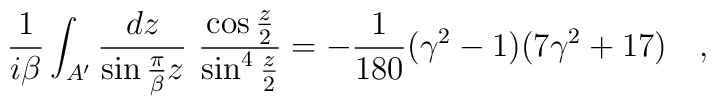
{1 \over i\beta} \int_{A'}{dz \over \sin {\pi \over \beta} z}~ {\cos \frac z2\over \sin^4 \frac z2}=-{1 \over 180}(\gamma^2-1)(7\gamma^2+17)~~~,